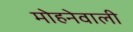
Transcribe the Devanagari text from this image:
मोहनेवाली